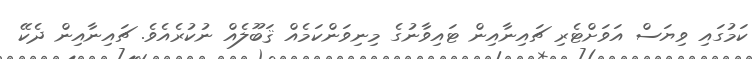
ކަމުގައި ވިޔަސް އަވަށްޓެރި ޗައިނާއިން ޓައިވާނުގެ މިނިވަންކަމެއް ޤަބޫލެއް ނުކުރެއެވެ. ޗައިނާއިން ދެކޭ